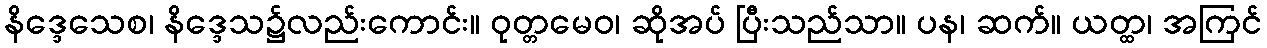
နိဒ္ဒေသေစ၊ နိဒ္ဒေသ၌လည်းကောင်း။ ဝုတ္တမေဝ၊ ဆိုအပ် ပြီးသည်သာ။ ပန၊ ဆက်။ ယတ္ထ၊ အကြင်